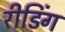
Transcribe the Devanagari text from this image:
रीडिंग